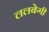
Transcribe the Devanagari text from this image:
ललबेगी